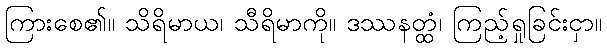
ကြားစေ၏။ သိရိမာယ၊ သီရိမာကို။ ဒဿနတ္ထံ၊ ကြည့်ရှုခြင်းငှာ။